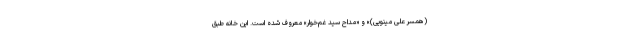
(همسر علی مینویی)» و «مداح سید غم‌خوار» معروف شده است. این خانه طبق